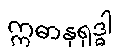
ဣဓာနုရုဒ္ဓါ